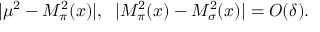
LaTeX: | \mu ^ { 2 } - M _ { \pi } ^ { 2 } ( x ) | , \; \; | M _ { \pi } ^ { 2 } ( x ) - M _ { \sigma } ^ { 2 } ( x ) | = O ( \delta ) .